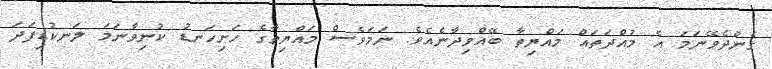
ގެންދެވޭނަމަ އެ މުއްދަތައް މައްޔިތާ ބޭއްވިދާނެއެވެ. ނަމަވެސް މައްޔިތާގެ ހަށިހަނޑު ކުނިވާނަމަ ލަނކުޑިފަދަ